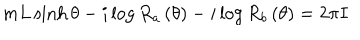
LaTeX: m L \sinh \theta - i \log R _ { a } \left( \theta \right) - i \log R _ { b } \left( \theta \right) = 2 \pi I